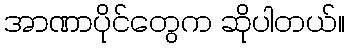
အာဏာပိုင်တွေက ဆိုပါတယ်။